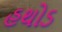
હથોડ